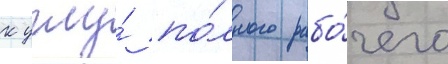
к углу́ по́лного рабо́чего